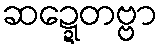
ဆဍ္ဍေတဗ္ဗာ